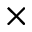
\times